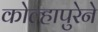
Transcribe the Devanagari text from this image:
कोल्हापुरेने